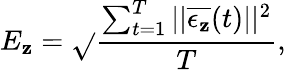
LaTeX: E_{\mathbf{z}}=\sqrt{}{{\frac{{\sum_{t=1}^{T}||\overline{{{\epsilon_{\mathbf{z}}}}}(t)||^{2}}}{{T}}}},